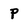
Character: P